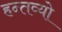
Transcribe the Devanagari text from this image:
हन्तव्यो